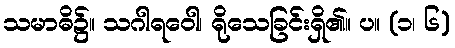
သမာဓိ၌။ သဂါရဝေါ၊ ရိုသေခြင်းရှိ၏။ ပ။ (၁၊ ၆)